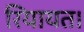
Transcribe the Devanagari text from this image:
रियायत।